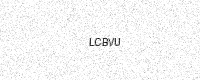
Text: LCBVU